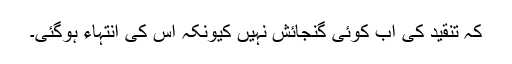
کہ تنقید کی اب کوئی گنجائش نہیں کیونکہ اس کی انتہاء ہوگئی۔